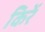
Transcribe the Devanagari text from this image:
किरें